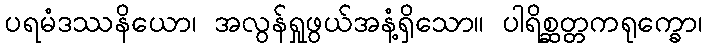
ပရမံဒဿနိယော၊ အလွန်ရှုဖွယ်အနံ့ရှိသော။ ပါရိစ္ဆတ္တကရုက္ခော၊